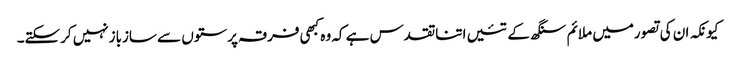
کیونکہ ان کی تصورمیں ملائم سنگھ کے تئیں اتناتقدس ہے کہ وہ کبھی فرقہ پرستوں سے سازبازنہیں کرسکتے۔